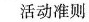
活动准则